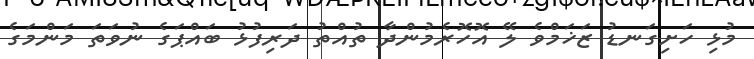
މުޅި ހަށިގަނޑު ޒަޚަމްވެ ލޭ އޮހޮރެމުންދާ ތުއްތު ދަރިފުޅު ބައްޕަގެ ނުވަތަ މަންމަގެ